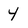
Character: y